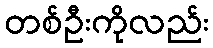
တစ်ဦးကိုလည်း